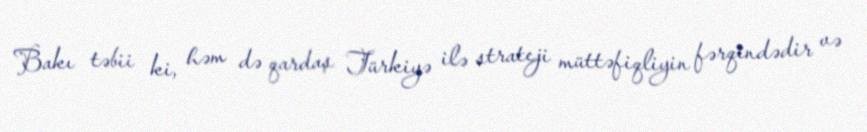
Bakı təbii ki, həm də qardaş Türkiyə ilə strateji müttəfiqliyin fərqindədir və